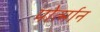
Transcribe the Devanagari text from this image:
पोर्त्मान